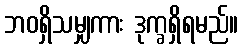
ဘဝရှိသမျှကား ဒုက္ခရှိရမည်။